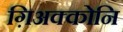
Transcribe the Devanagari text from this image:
ग़िअक्कोनि